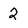
Character: 2